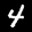
Label: 4